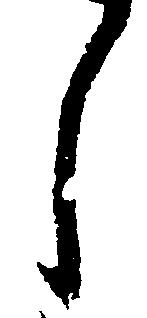
し